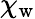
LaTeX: \chi_{\mathrm{w}}